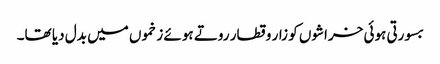
بسورتی ہوئی خراشوں کو زار و قطار روتے ہوئے زخموں میں بدل دیا تھا۔